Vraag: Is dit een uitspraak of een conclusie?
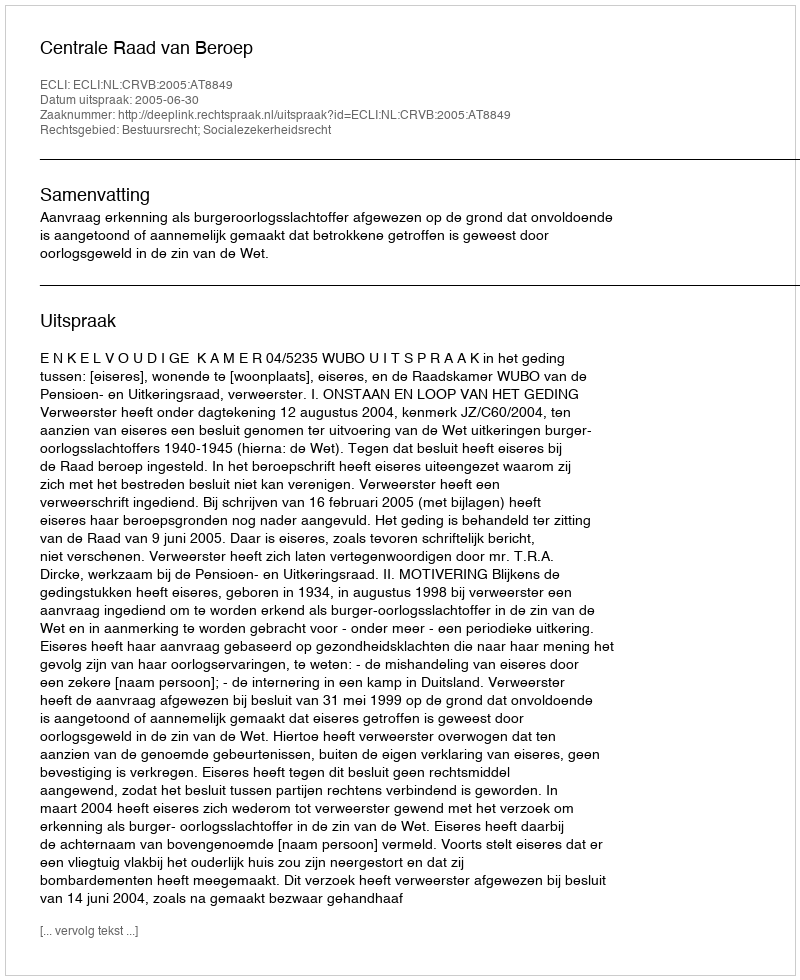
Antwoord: Uitspraak